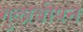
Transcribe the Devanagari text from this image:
गुलाबीपन